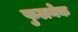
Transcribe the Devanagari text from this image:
फुलनेक